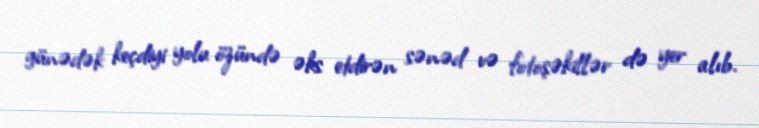
günədək keçdiyi yolu özündə əks etdirən sənəd və fotoşəkillər də yer alıb.